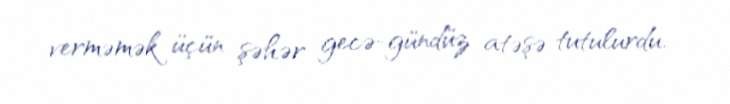
verməmək üçün şəhər gecə-gündüz atəşə tutulurdu.